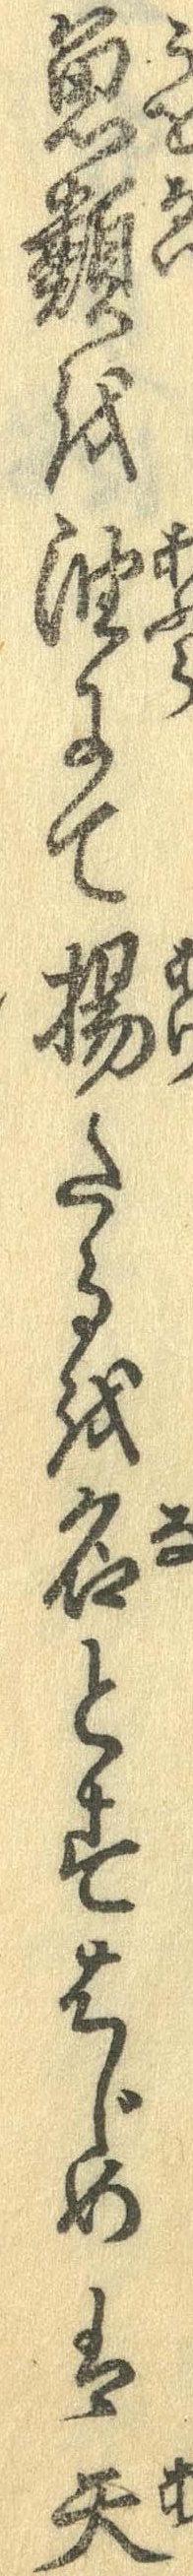
魚類を油にて揚たるを名とすはじめは天